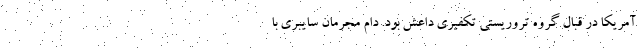
آمریکا در قبال گروه تروریستی تکفیری داعش بود. دام مجرمان سایبری با